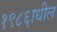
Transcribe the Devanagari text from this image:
१९८६ाधील